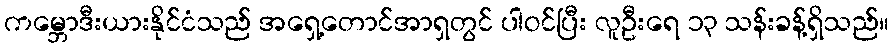
ကမ္ဘောဒီးယားနိုင်ငံသည် အရှေ့တောင်အာရှတွင် ပါဝင်ပြီး လူဦးရေ ၁၃ သန်းခန့်ရှိသည်။